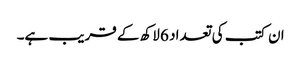
ان کتب کی تعداد 6 لاکھ کے قریب ہے۔